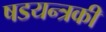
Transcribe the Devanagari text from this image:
षडयन्त्रकी